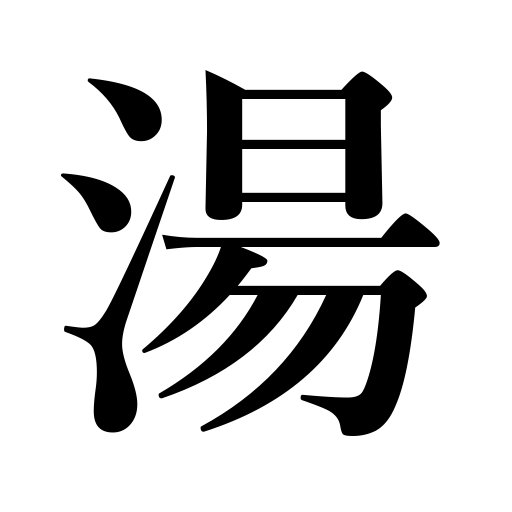
Meanings: hot spring,hot water,hot bath